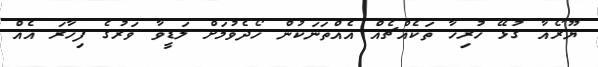
ޔޫރޯއާ ގުޅޭ ހުރިހާ ތަކެއްޗެއް އެއްތަނަކުން ހޯދެވުމަށް ލަޑީވާ ވަރުގެ ފިހާރަ އެއް